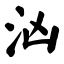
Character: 汹